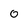
Character: o